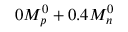
0 M _ { p } ^ { 0 } + 0 . 4 M _ { n } ^ { 0 }